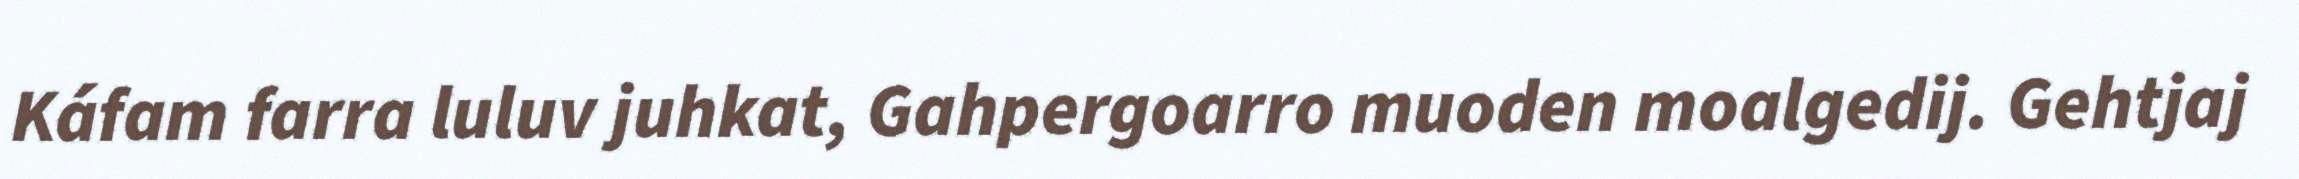
Káfam farra luluv juhkat, Gahpergoarro muoden moalgedij. Gehtjaj